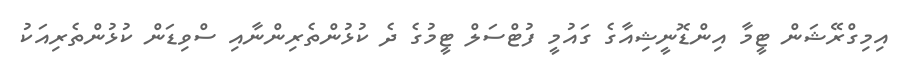
އިމިގްރޭޝަން ޓީމާ އިންޑޮނީޝިއާގެ ގައުމީ ފުޓްސަލް ޓީމުގެ ދެ ކުޅުންތެރިންނާއި ސްވިޑަން ކުޅުންތެރިއަކު